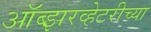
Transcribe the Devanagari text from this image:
ऑब्झरव्हेटरीच्या